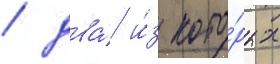
/ два́ и́з кото́рых